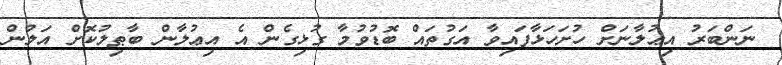
ނަންބަރު އިޢުލާނަށް ހުށަހަޅާފައިވާ އަގުތައް ބޮޑުވުމާ ގުޅިގެން އެ އިޢުލާން ބާޠިލުކޮށް އަލުން